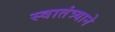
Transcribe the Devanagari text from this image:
स्वातंत्र्याने